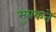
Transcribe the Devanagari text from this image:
सुबकते